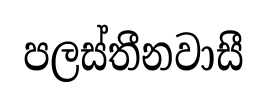
පලස්තීනවාසී